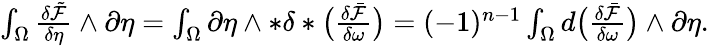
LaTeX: \begin{array}{r}{\int_{\Omega}\frac{\delta\tilde{\mathcal{F}}}{\delta\eta}\wedge\partial\eta=\int_{\Omega}\partial\eta\wedge\ast\delta\ast\big(\frac{\delta\bar{\mathcal{F}}}{\delta\omega}\big)=(-1)^{n-1}\int_{\Omega}d\big(\frac{\delta\bar{\mathcal{F}}}{\delta\omega}\big)\wedge\partial\eta.}\end{array}